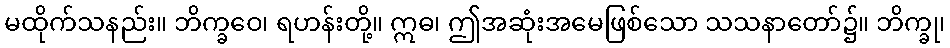
မထိုက်သနည်း။ ဘိက္ခဝေ၊ ရဟန်းတို့။ ဣဓ၊ ဤအဆုံးအမေဖြစ်သော သသနာတော်၌။ ဘိက္ခု၊